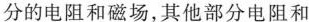
分的电阻和磁场，其他部分电阻和